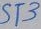
Text: ST3